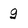
Character: g